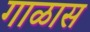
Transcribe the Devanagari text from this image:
गाळास